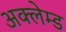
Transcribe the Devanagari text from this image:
अक्लेम्ड